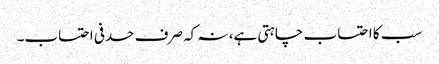
سب کا احتساب چاہتی ہے، نہ کہ صرف حدفی احتساب۔